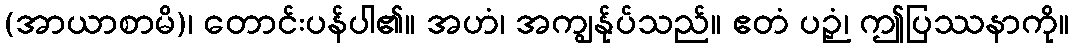
(အာယာစာမိ)၊ တောင်းပန်ပါ၏။ အဟံ၊ အကျွန်ုပ်သည်။ ဧတံ ပဉှံ၊ ဤပြဿနာကို။